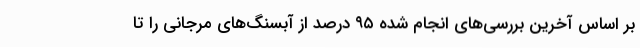
بر اساس آخرین بررسی‌های انجام شده ۹۵ درصد از آبسنگ‌های مرجانی را تا